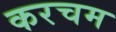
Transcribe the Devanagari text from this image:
करचम